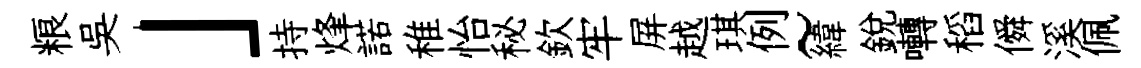
粮吳」持烽諾稚怡秘欽牢屏越琪例~緯銳囀稻僢溪佩